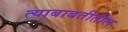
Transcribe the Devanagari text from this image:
त्याबाबतीतील